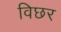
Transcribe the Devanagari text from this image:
विछर